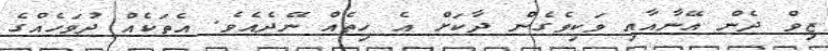
ޒިވް ދެން އޭނާއާއި ވަކިވެގެން ދާކަށް އެ ހިތެއް ނޭދެއެވެ. އެތަކެއް ދުވަހެއްގެ